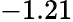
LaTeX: -1.21